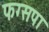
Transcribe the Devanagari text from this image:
फग्सपा